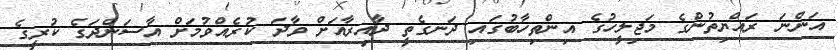
އަންނަ ރައްޔިތުންގެ މަޖިލީހުގެ އިންތިހާބުގައި ދަނގެތީ ދާއިރާއަށް ވާދަ ކުރެއްވުމަށް އާސަންދަގެ ކުރީގެ